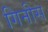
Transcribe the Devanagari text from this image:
गिनीस